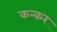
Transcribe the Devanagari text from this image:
कन्कर